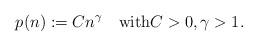
LaTeX: \begin{align*}p(n):=Cn^\gamma\quad\textrm{with}C>0,\gamma>1.\end{align*}